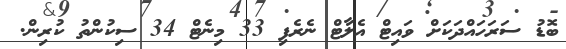
ބޮޑު ސަރަހައްދަކަށް ވައިޓް އެލާޓް ނެރެފި 33 މިނެޓް 34 ސިކުންތު ކުރިން.